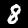
Label: 8